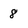
Character: 8